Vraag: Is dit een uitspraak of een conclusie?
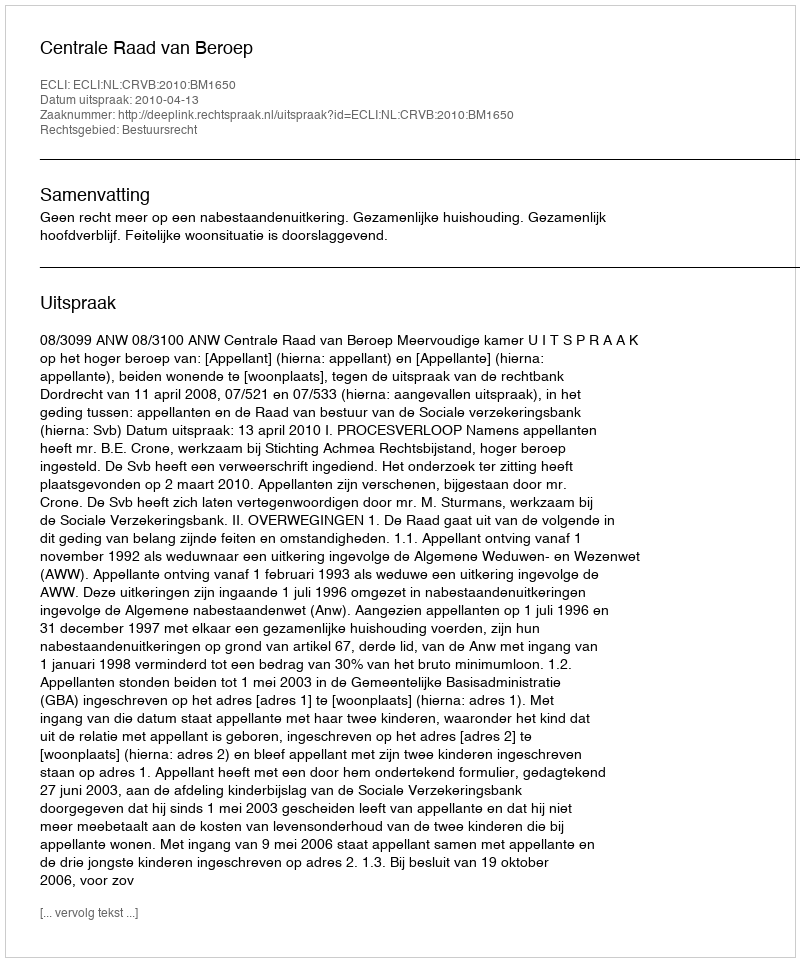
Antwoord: Uitspraak